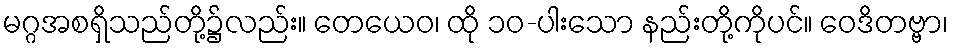
မဂ္ဂအစရှိသည်တို့၌လည်း။ တေယေဝ၊ ထို ၁၀-ပါးသော နည်းတို့ကိုပင်။ ဝေဒိတဗ္ဗာ၊